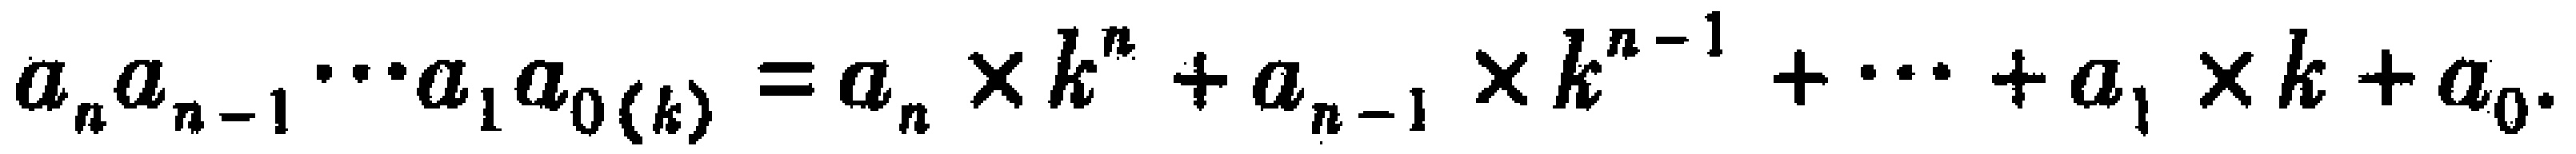
\(a_{n}a_{n - 1}\cdots a_{1}a_{0(k)}=a_{n}\times k^{n}+a_{n - 1}\times k^{n - 1}+\cdots +a_{1}\times k + a_{0}\)